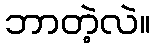
ဘာတဲ့လဲ။